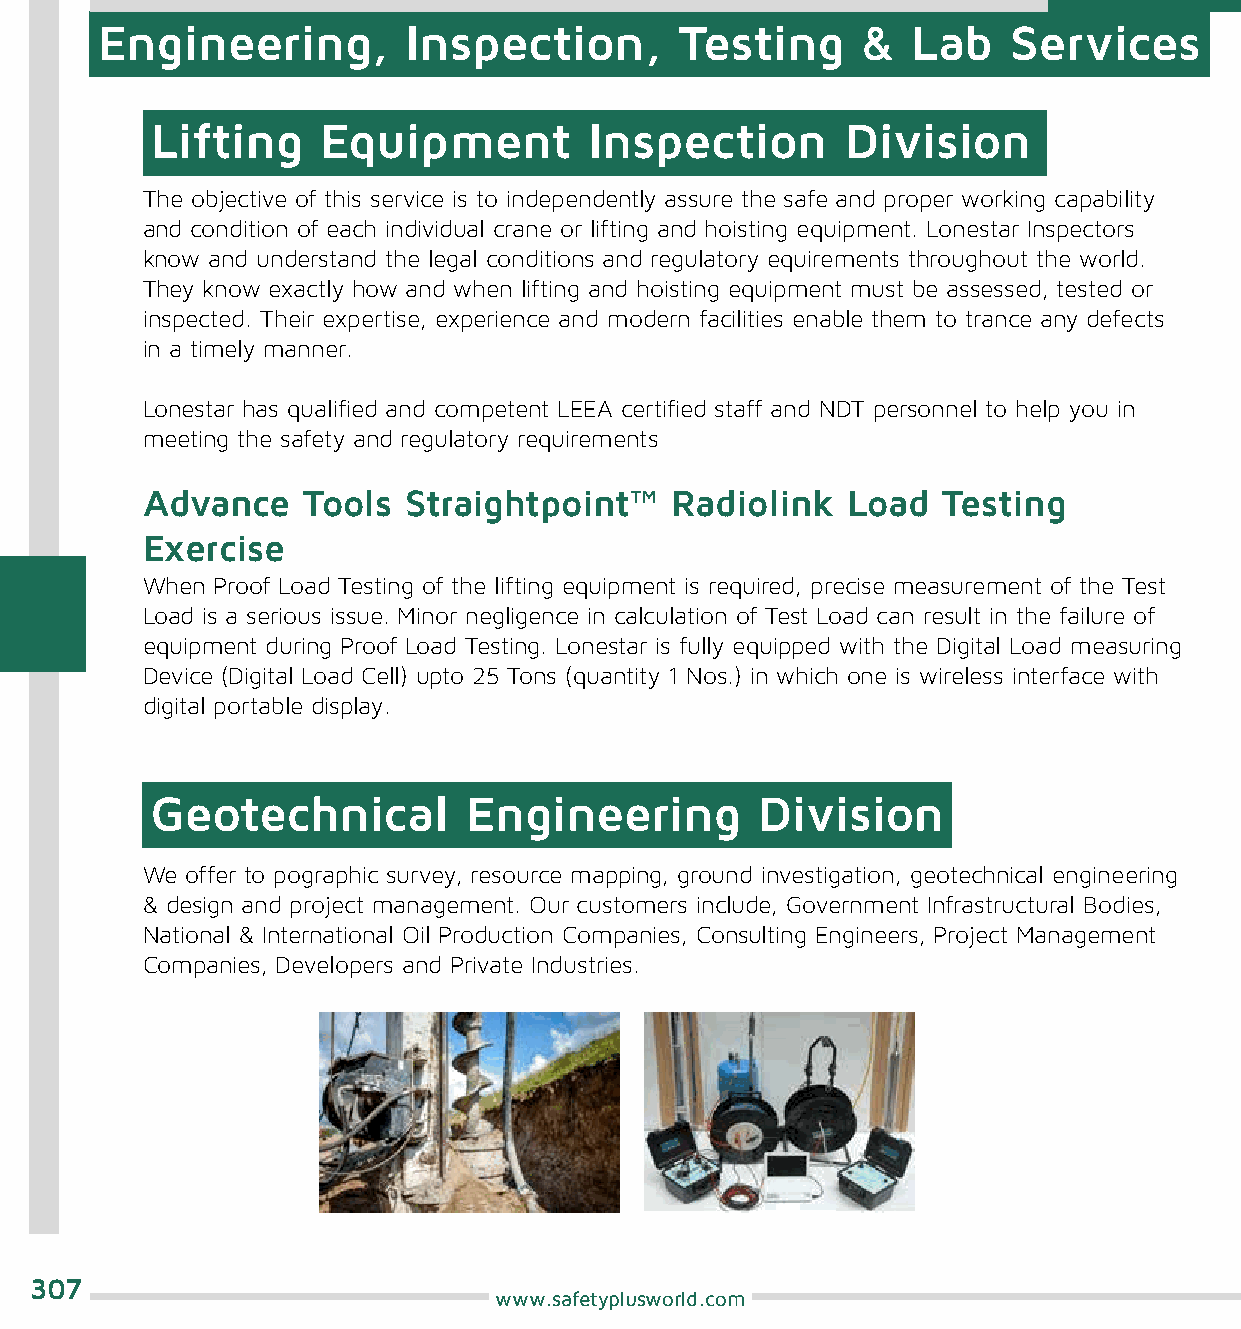
Engineering,         Inspection,       Testing     &  Lab    Services
 Lifting    Equipment         Inspection       Division
 The objective of this service is to independently assure the safe and proper working capability
 and condition of each individual crane or lifting and hoisting equipment. Lonestar Inspectors
 know and understand the legal conditions and regulatory equirements throughout the world.
 They know exactly how and when lifting and hoisting equipment must be assessed, tested or
 inspected. Their expertise, experience and modern facilities enable them to trance any defects
 in a timely manner.
 Lonestar has qualified and competent LEEA certified staff and NDT personnel to help you in
 meeting the safety and regulatory requirements
 Advance    Tools  Straightpoint™   Radiolink   Load  Testing
 Exercise
 When Proof Load Testing of the lifting equipment is required, precise measurement of the Test
 Load is a serious issue. Minor negligence in calculation of Test Load can result in the failure of
 equipment during Proof Load Testing. Lonestar is fully equipped with the Digital Load measuring
 Device (Digital Load Cell) upto 25 Tons (quantity 1 Nos.) in which one is wireless interface with
 digital portable display.
 Geotechnical         Engineering        Division
 We offer to pographic survey, resource mapping, ground investigation, geotechnical engineering
 & design and project management. Our customers include, Government Infrastructural Bodies,
 National & International Oil Production Companies, Consulting Engineers, Project Management
 Companies, Developers and Private Industries.
 307
 www.safetyplusworld.com